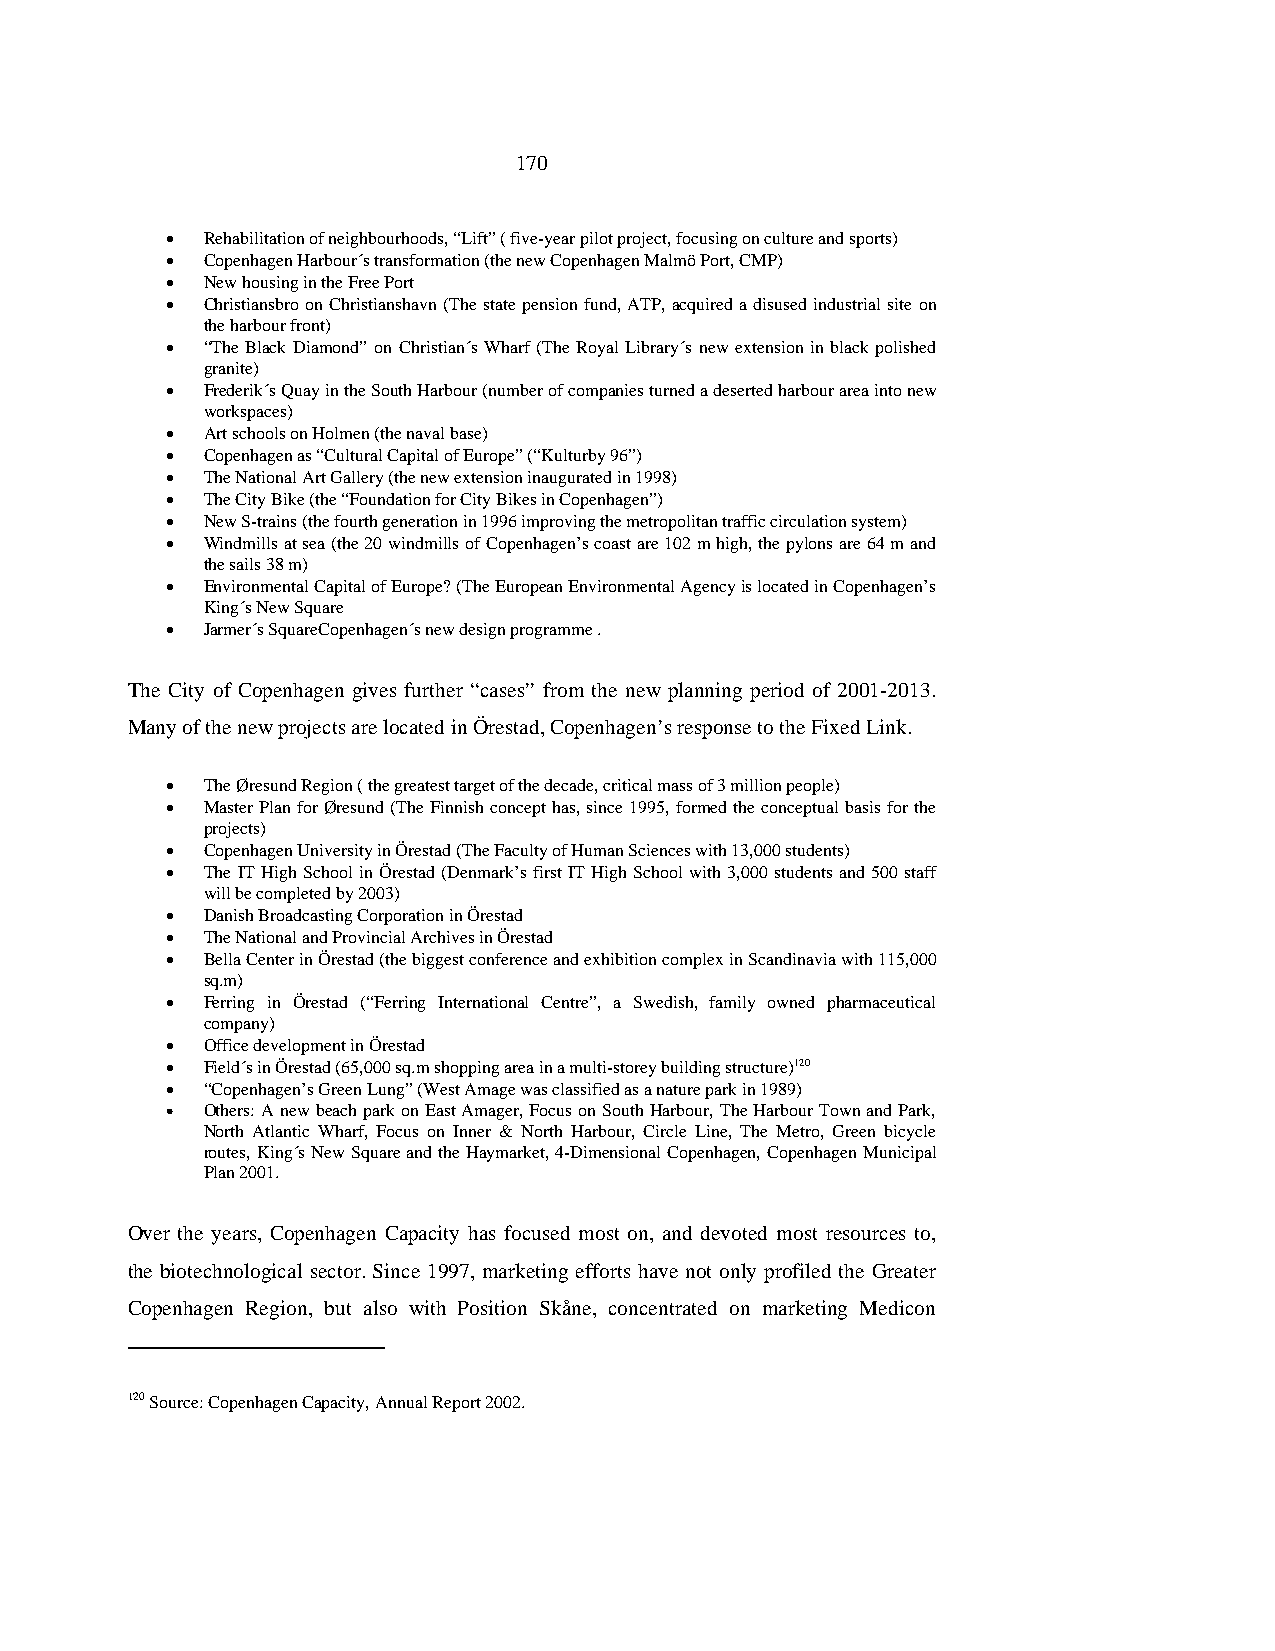
170
 • Rehabilitation of neighbourhoods, “Lift” ( five-year pilot project, focusing on culture and sports)
 • Copenhagen Harbour´s transformation (the new Copenhagen Malmö Port, CMP)
 • New housing in the Free Port
 • Christiansbro on Christianshavn (The state pension fund, ATP, acquired a disused industrial site on
 the harbour front)
 • “The Black Diamond” on Christian´s Wharf (The Royal Library´s new extension in black polished
 granite)
 • Frederik´s Quay in the South Harbour (number of companies turned a deserted harbour area into new
 workspaces)
 • Art schools on Holmen (the naval base)
 • Copenhagen as “Cultural Capital of Europe” (“Kulturby 96”)
 • The National Art Gallery (the new extension inaugurated in 1998)
 • The City Bike (the “Foundation for City Bikes in Copenhagen”)
 • New S-trains (the fourth generation in 1996 improving the metropolitan traffic circulation system)
 • Windmills at sea (the 20 windmills of Copenhagen’s coast are 102 m high, the pylons are 64 m and
 the sails 38 m)
 • Environmental Capital of Europe? (The European Environmental Agency is located in Copenhagen’s
 King´s New Square
 • Jarmer´s SquareCopenhagen´s new design programme .
 The City of Copenhagen gives further “cases” from the new planning period of 2001-2013.
 Many of the new projects are located in Örestad, Copenhagen’s response to the Fixed Link.
 • The Øresund Region ( the greatest target of the decade, critical mass of 3 million people)
 • Master Plan for Øresund (The Finnish concept has, since 1995, formed the conceptual basis for the
 projects)
 • Copenhagen University in Örestad (The Faculty of Human Sciences with 13,000 students)
 • The IT High School in Örestad (Denmark’s first IT High School with 3,000 students and 500 staff
 will be completed by 2003)
 • Danish Broadcasting Corporation in Örestad
 • The National and Provincial Archives in Örestad
 • Bella Center in Örestad (the biggest conference and exhibition complex in Scandinavia with 115,000
 sq.m)
 • Ferring in Örestad (“Ferring International Centre”, a Swedish, family owned pharmaceutical
 company)
 • Office development in Örestad
 • Field´s in Örestad (65,000 sq.m shopping area in a multi-storey building structure)120
 • “Copenhagen’s Green Lung” (West Amage was classified as a nature park in 1989)
 • Others: A new beach park on East Amager, Focus on South Harbour, The Harbour Town and Park,
 North Atlantic Wharf, Focus on Inner & North Harbour, Circle Line, The Metro, Green bicycle
 routes, King´s New Square and the Haymarket, 4-Dimensional Copenhagen, Copenhagen Municipal
 Plan 2001.
 Over the years, Copenhagen Capacity has focused most on, and devoted most resources to,
 the biotechnological sector. Since 1997, marketing efforts have not only profiled the Greater
 Copenhagen Region, but also with Position Skåne, concentrated on marketing Medicon
 120 Source: Copenhagen Capacity, Annual Report 2002.